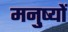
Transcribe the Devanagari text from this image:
मनु्ष्यों